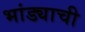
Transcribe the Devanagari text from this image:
भांड्याची